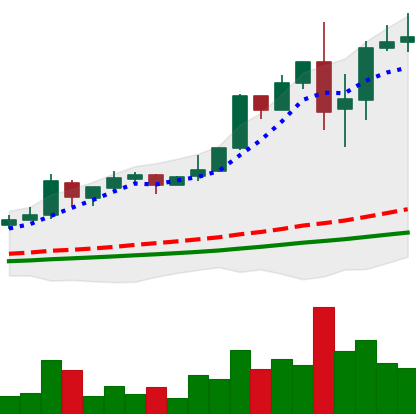
Ticker: LTC-USD
Chart end date: 2017-12-03
Forward return: 23.289%
Label: up_7plus